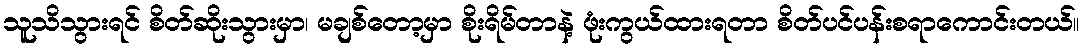
သူသိသွားရင် စိတ်ဆိုးသွားမှာ၊ မချစ်တော့မှာ စိုးရိမ်တာနဲ့ ဖုံးကွယ်ထားရတာ စိတ်ပင်ပန်းစရာကောင်းတယ်။